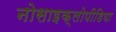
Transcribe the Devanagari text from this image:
नोसाइक्लोपीडिया